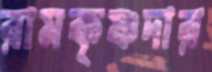
রামকৃষ্ণদার